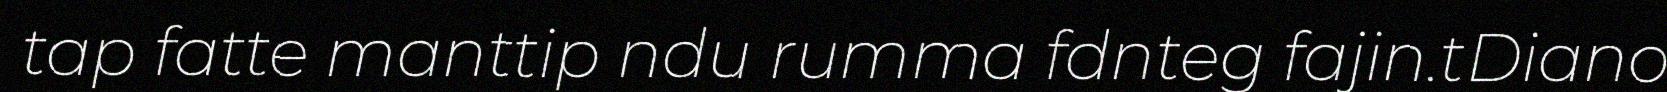
tap fatte manttip ndu rumma fdnteg fajin.tDiano